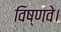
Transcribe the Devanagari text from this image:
विष्णवे।